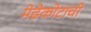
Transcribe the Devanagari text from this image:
मेढेकोटाची